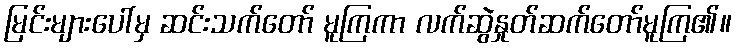
မြင်းများပေါ်မှ ဆင်းသက်တော် မူကြကာ လက်ဆွဲနှုတ်ဆက်တော်မူကြ၏။